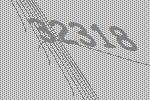
32318